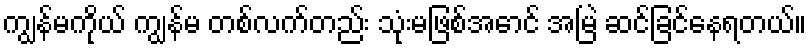
ကျွန်မကိုယ် ကျွန်မ တစ်လက်တည်း သုံးမဖြစ်အောင် အမြဲ ဆင်ခြင်နေရတယ်။